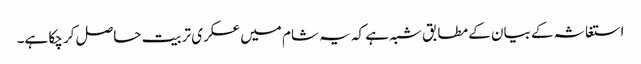
استغاثہ کے بیان کے مطابق شبہ ہے کہ یہ شام میں عسکری تربیت حاصل کر چکا ہے۔